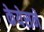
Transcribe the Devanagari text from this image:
केयेसने